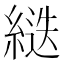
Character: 𦂾